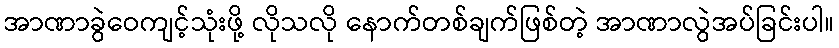
အာဏာခွဲဝေကျင့်သုံးဖို့ လိုသလို နောက်တစ်ချက်ဖြစ်တဲ့ အာဏာလွဲအပ်ခြင်းပါ။